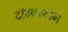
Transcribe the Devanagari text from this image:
टॉम्बस्टोन